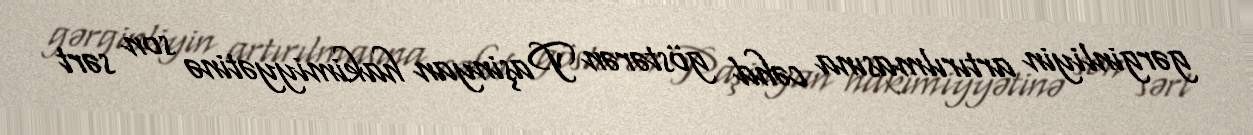
gərginliyin artırılmasına cəhd göstərən Paşinyan hakimiyyətinə son sərt